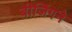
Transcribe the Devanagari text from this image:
बीजिंगने